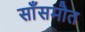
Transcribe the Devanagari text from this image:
साँसमौत